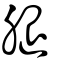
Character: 腿